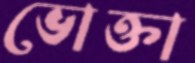
ভোক্তা